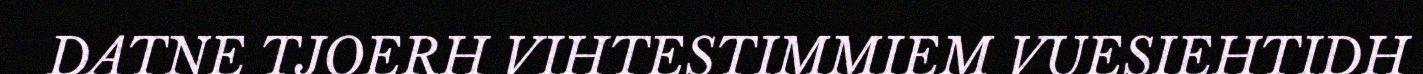
DATNE TJOERH VIHTESTIMMIEM VUESIEHTIDH